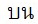
บน